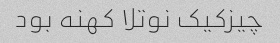
چیزکیک نوتلا کهنه بود